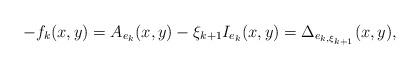
LaTeX: \begin{align*}-f_{k}(x,y)=A_{e_{k}}(x,y)-\xi _{k+1}I_{e_{k}}(x,y)=\Delta _{e_{k,\xi_{k+1}}}(x,y),\end{align*}